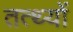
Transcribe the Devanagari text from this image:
तत्थ्यों